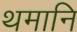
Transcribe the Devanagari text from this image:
थमानि